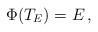
LaTeX: \begin{align*}\Phi(T_E)=E\,,\end{align*}